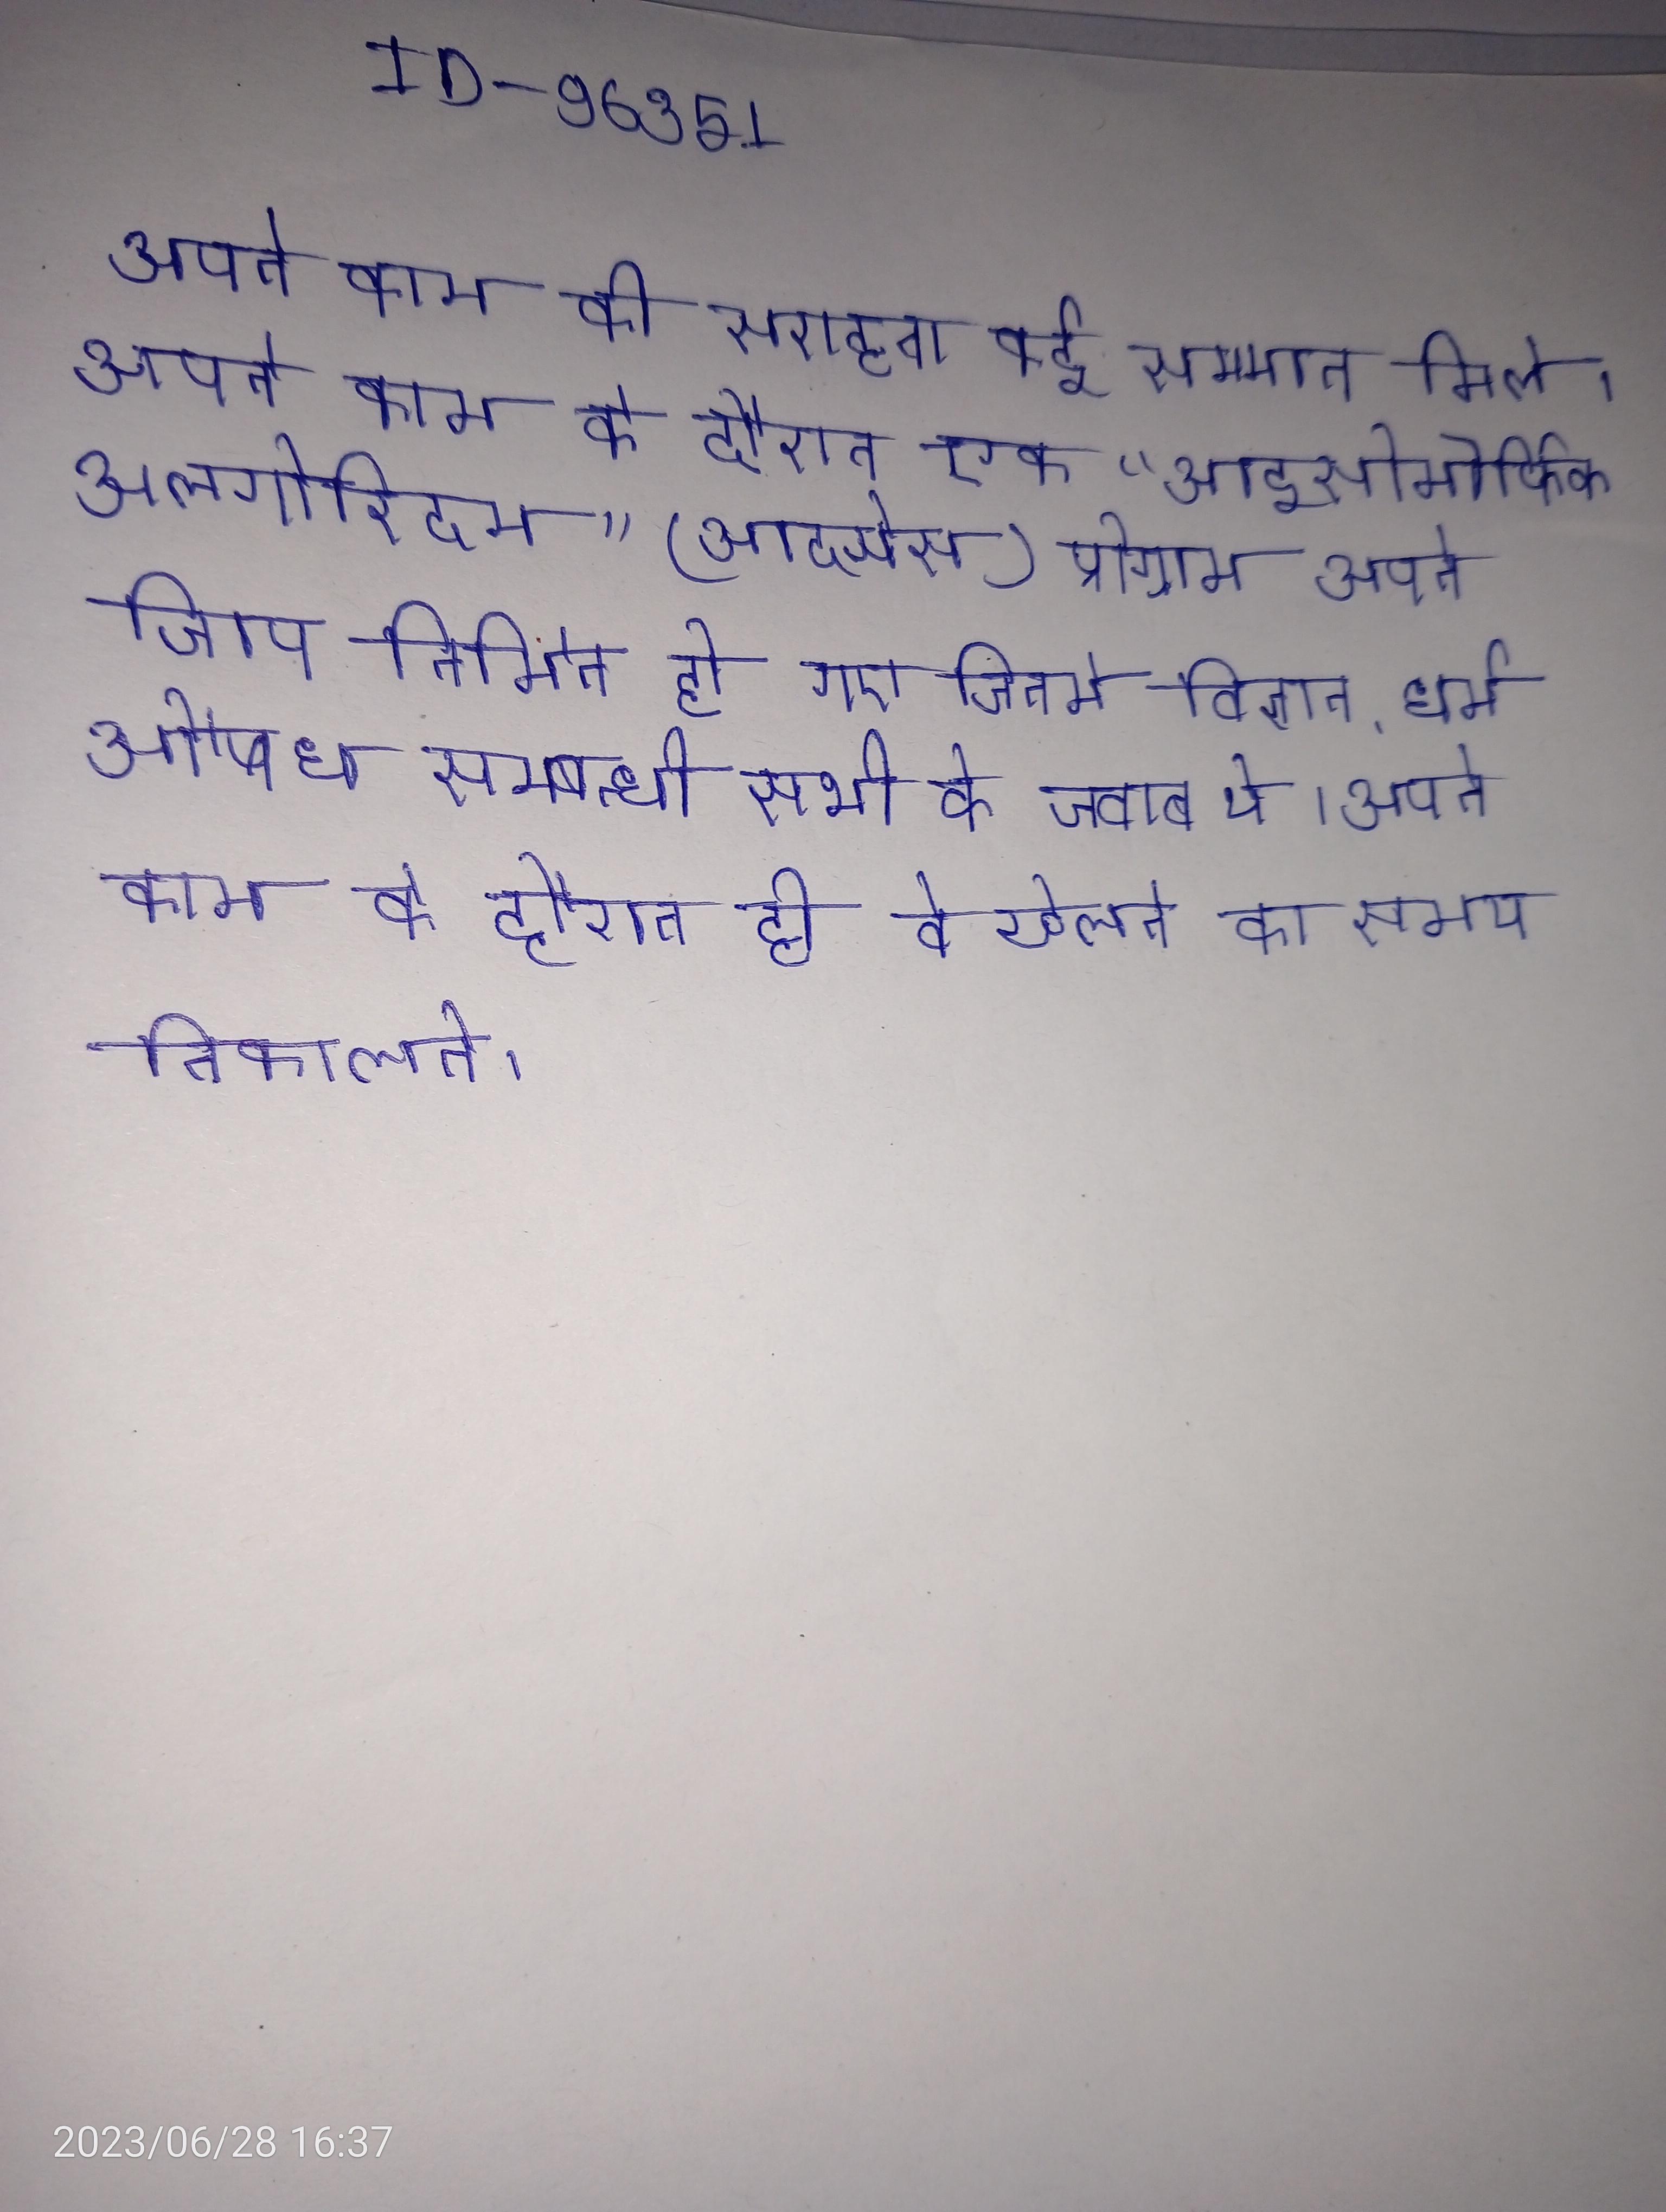
अपने काम की सराहना कई सम्मान मिले । अपने काम के दौरान एक "आइसोमोर्फिक अलगोरिदम" (आइसोस) प्रोग्राम अपने आप निर्मित हो गए जिनमे विज्ञान, धर्म और औषध सम्बन्धी सभी के जवाब थे । अपने काम के दौरान ही वे खेलने का समय निकालते ।